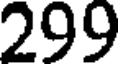
299